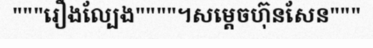
"""រឿងល្បែង""""។សម្តេចហ៊ុនសែន"""